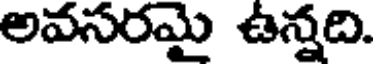
అవసరమై ఉన్నది.